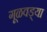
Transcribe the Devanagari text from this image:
गूळवड्या